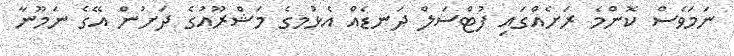
ނަމަވެސް ކޮންމެ ރަށެއްގައި ފުޓްސަލް ދަނޑެއް އެޅުމގެ މަޝްރޫއުގެ ދަށުން އޭގެ ނަމޫނާ